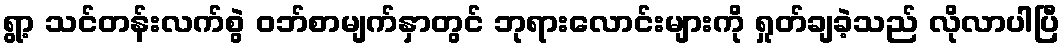
ရွာ့ သင်တန်းလက်စွဲ ဝဘ်စာမျက်နှာတွင် ဘုရားလောင်းများကို ရှုတ်ချခဲ့သည် လိုလာပါပြီ